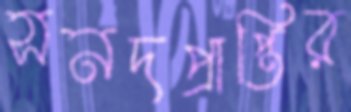
সনদপ্রাপ্তির